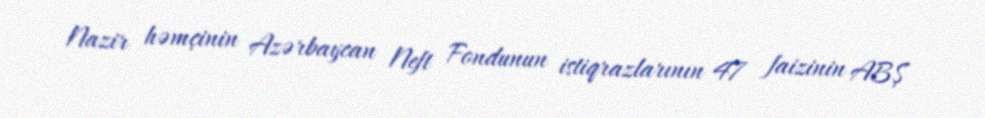
Nazir həmçinin Azərbaycan Neft Fondunun istiqrazlarının 47 faizinin ABŞ